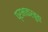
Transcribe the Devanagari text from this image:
प्रभाकरबुवा